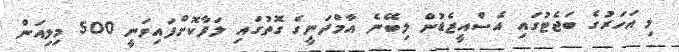
މި އަހަރުގެ ބަޖެޓުގައި އެސްއީޒެޑުން ލިބޭނެ އާމްދަނީގެ ގޮތުގައި ލަފާކޮށްފައިވަނީ 500 މިލިއަން